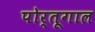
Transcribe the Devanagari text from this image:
पोर्तूगाल